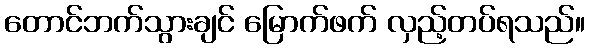
တောင်ဘက်သွားချင် မြောက်ဖက် လှည့်တပ်ရသည်။